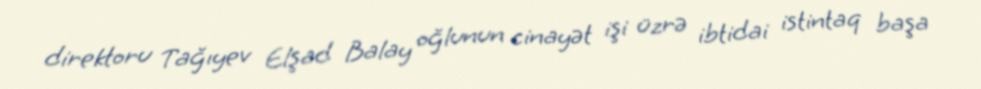
direktoru Tağıyev Elşad Balay oğlunun cinayət işi üzrə ibtidai istintaq başa